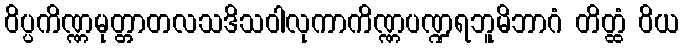
ဝိပ္ပကိဏ္ဏမုတ္တာတလသဒိသဝါလုကာကိဏ္ဏပဏ္ဍရဘူမိဘာဂံ တိတ္ထံ ဝိယ